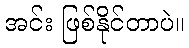
အင်း ဖြစ်နိုင်တာပဲ။